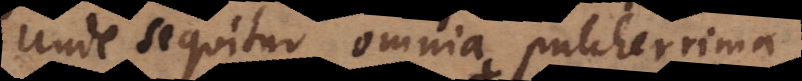
Unde sequitur omnia pulcherrima